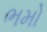
ભમો